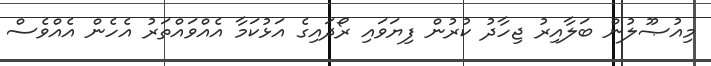
މިއުޞޫލުން ބަލާއިރު ޖިހާދު ކުރުން ފިޔަވައި ރޯދައިގެ އަޅުކަމާ އެއްވައްތަރު އެހެން އެއްވެސް